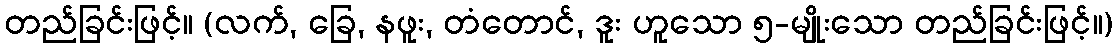
တည်ခြင်းဖြင့်။ (လက်, ခြေ, နဖူး, တံတောင်, ဒူး ဟူသော ၅-မျိုးသော တည်ခြင်းဖြင့်။)